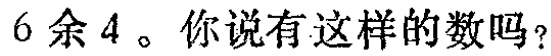
$6$余$4$。你说有这样的数吗？